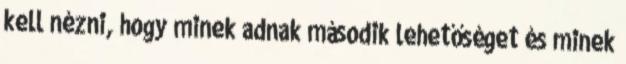
kell nézni, hogy minek adnak második lehetőséget és minek